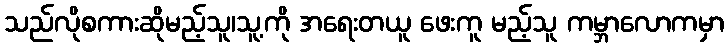
သည်လိုစကားဆိုမည့်သူ၊သူ့ကို အရေးတယူ ဖေးကူ မည့်သူ ကမ္ဘာလောကမှာ